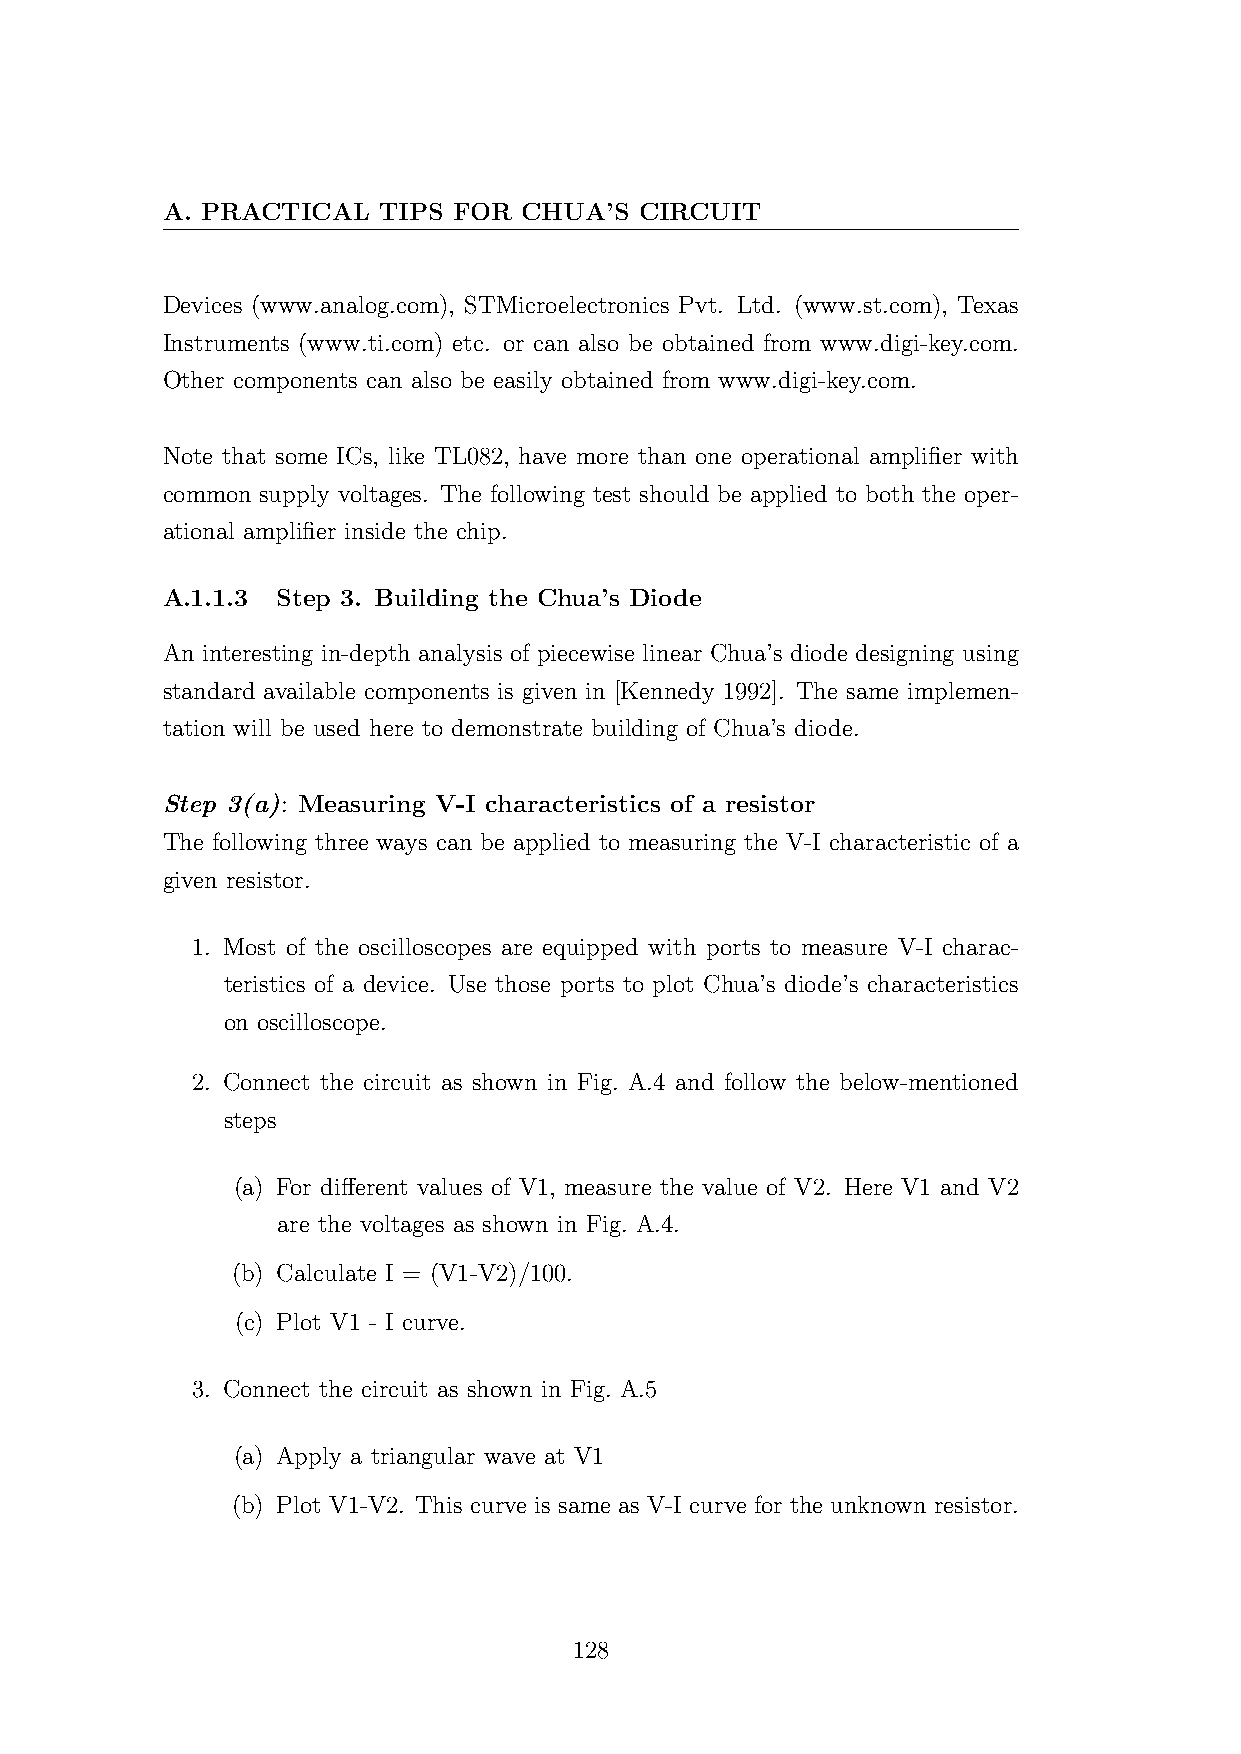
A. PRACTICAL  TIPS FOR CHUA’S  CIRCUIT
 Devices (www.analog.com), STMicroelectronics Pvt. Ltd. (www.st.com), Texas
 Instruments (www.ti.com) etc. or can also be obtained from www.digi-key.com.
 Other components can also be easily obtained from www.digi-key.com.
 Note that some ICs, like TL082, have more than one operational amplifier with
 common supply voltages. The following test should be applied to both the oper-
 ational amplifier inside the chip.
 A.1.1.3 Step 3. Building the Chua’s Diode
 An interesting in-depth analysis of piecewise linear Chua’s diode designing using
 standard available components is given in [Kennedy 1992]. The same implemen-
 tation will be used here to demonstrate building of Chua’s diode.
 Step 3(a): Measuring V-I characteristics of a resistor
 The following three ways can be applied to measuring the V-I characteristic of a
 given resistor.
 1. Most of the oscilloscopes are equipped with ports to measure V-I charac-
 teristics of a device. Use those ports to plot Chua’s diode’s characteristics
 on oscilloscope.
 2. Connect the circuit as shown in Fig. A.4 and follow the below-mentioned
 steps
 (a) For different values of V1, measure the value of V2. Here V1 and V2
 are the voltages as shown in Fig. A.4.
 (b) Calculate I = (V1-V2)/100.
 (c) Plot V1 - I curve.
 3. Connect the circuit as shown in Fig. A.5
 (a) Apply a triangular wave at V1
 (b) Plot V1-V2. This curve is same as V-I curve for the unknown resistor.
 128